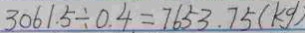
3 0 6 1 . 5 \div 0 . 4 = 7 6 5 3 . 7 5 ( k g )